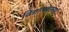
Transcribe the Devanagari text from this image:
विद्याभवनच्या